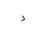
Letter: _dal